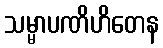
သမ္မာပဏိဟိတေန